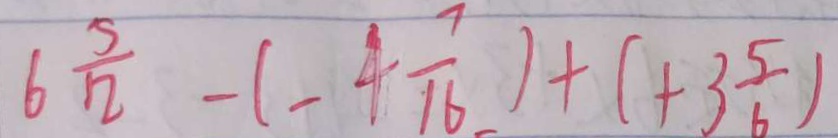
6 \frac { 5 } { 1 2 } - ( - 4 \frac { 7 } { 1 6 } ) + ( + 3 \frac { 5 } { 6 } )